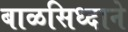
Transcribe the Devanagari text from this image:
बाळसिध्दाने